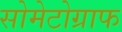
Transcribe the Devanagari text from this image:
सोमेटोग्राफ